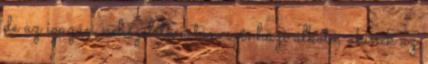
de az igazán nehézéletű a táncszínházi alkotó, akinek az